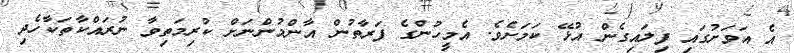
އެ އަވަށުގައި ފިލައިގެން އުޅޭ ކަމަށެވެ. އެމީހުންގެ ފަރާތުން އާންމުންނަށް ކުރިމަތިވާ ނުރައްކާތަކާހެދި